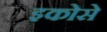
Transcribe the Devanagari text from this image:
इकोसे